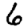
Digit: 6